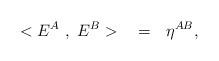
LaTeX: \begin{align*}< E^A~, ~ E^B > ~~=~~ \eta^{AB},\end{align*}